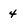
Character: 4